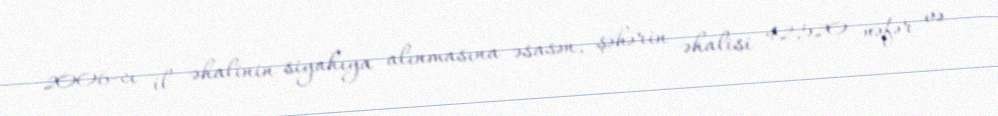
2006-cı il əhalinin siyahıya alınmasına əsasən, şəhərin əhalisi 42,520 nəfər və